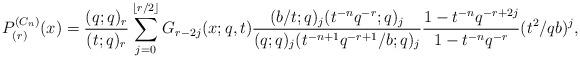
LaTeX: \begin{align*} P^{(C_n)}_{(r)}(x)= {(q;q)_r\over (t;q)_r} \sum_{j=0}^{\lfloor r/2\rfloor}G_{r-2j}(x;q,t){(b/t;q)_j(t^{-n}q^{-r};q)_j\over(q;q)_j(t^{-n+1}q^{-r+1}/b;q)_j}{1-t^{-n}q^{-r+2j} \over 1-t^{-n}q^{-r}}(t^2/qb)^j,\end{align*}